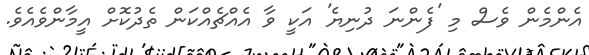
އެންމެން ވެސް މި 'ފެންނަ ދުނިޔެ' އަކީ ވާ އެއްޗެއްކަން ތެދުކޮށް އީމާންވެއެވެ.